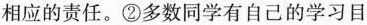
相应的责任。②多数同学有自己的学习目